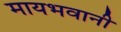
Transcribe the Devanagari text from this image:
मायभवानी